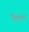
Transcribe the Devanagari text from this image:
प्रिंटरकडे